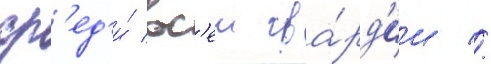
ср'ед'и́ вс'еи гва́рд'ии //